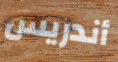
أندريس